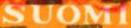
SUOMI